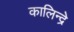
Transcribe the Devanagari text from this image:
कालिन्द्रे